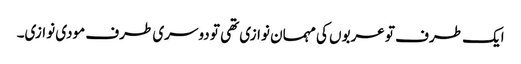
ایک طرف تو عربوں کی مہمان نوازی تھی تو دوسری طرف مودی نوازی۔